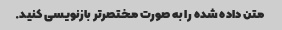
متن داده شده را به صورت مختصرتر بازنویسی کنید.